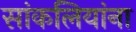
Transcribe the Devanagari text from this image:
सांकलियांना